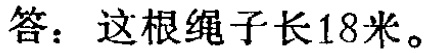
答：这根绳子长18米。